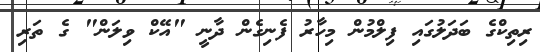
ރިތިކްގެ ބަދަލުގައި ފިލްމުން މިހާރު ފެނިގެން ދާނީ "އޭކް ވިލަން" ގެ ތަރި